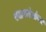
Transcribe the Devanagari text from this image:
श्वासरंध्रांच्या